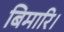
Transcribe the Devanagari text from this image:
बिमारि।